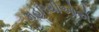
મહારથીઓએ